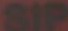
SIP